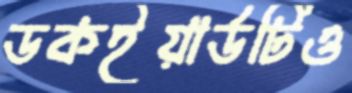
ডকইয়ার্ডটিও